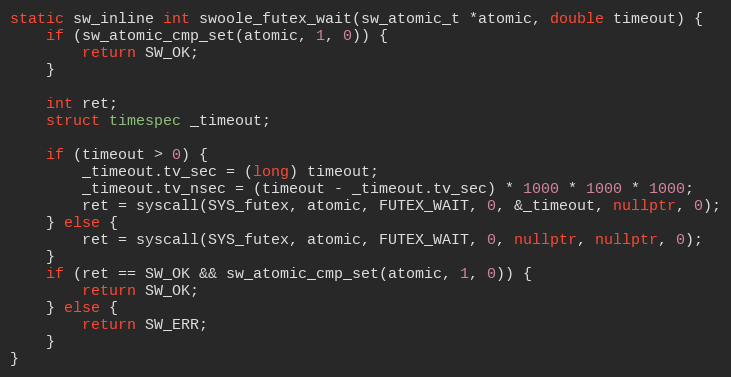
Language: C++
static sw_inline int swoole_futex_wait(sw_atomic_t *atomic, double timeout) {
    if (sw_atomic_cmp_set(atomic, 1, 0)) {
        return SW_OK;
    }

    int ret;
    struct timespec _timeout;

    if (timeout > 0) {
        _timeout.tv_sec = (long) timeout;
        _timeout.tv_nsec = (timeout - _timeout.tv_sec) * 1000 * 1000 * 1000;
        ret = syscall(SYS_futex, atomic, FUTEX_WAIT, 0, &_timeout, nullptr, 0);
    } else {
        ret = syscall(SYS_futex, atomic, FUTEX_WAIT, 0, nullptr, nullptr, 0);
    }
    if (ret == SW_OK && sw_atomic_cmp_set(atomic, 1, 0)) {
        return SW_OK;
    } else {
        return SW_ERR;
    }
}